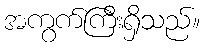
အကွက်ကြီးရှိသည်။